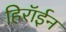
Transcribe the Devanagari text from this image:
हिरॉईन